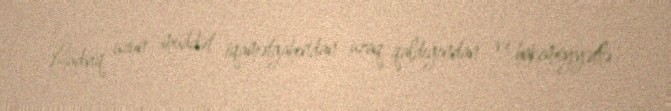
Lüdviq uzun müddət iqamətgahından uzaq qaldığından və hakimiyyətlə